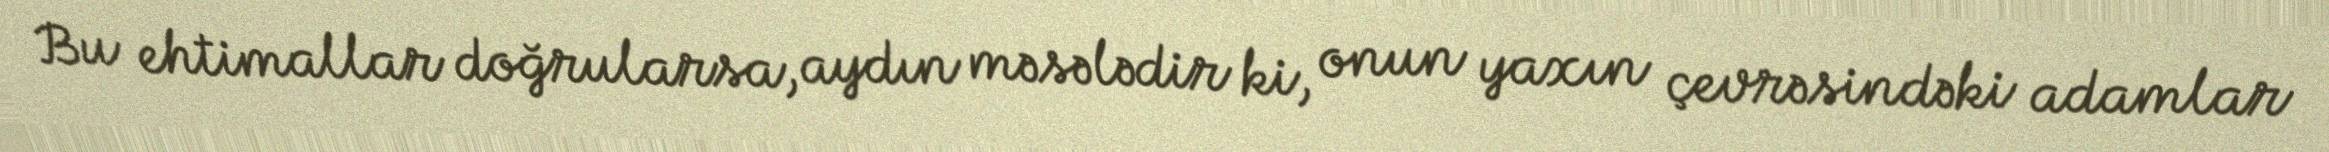
Bu ehtimallar doğrularsa, aydın məsələdir ki, onun yaxın çevrəsindəki adamlar